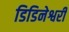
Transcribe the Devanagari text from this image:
डिडिनेश्वरी